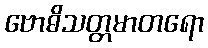
ဗောဓိသတ္တမာတရော